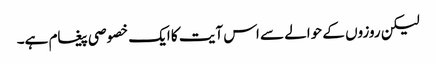
لیکن روزوں کے حوالے سے اس آیت کا ایک خصوصی پیغام ہے۔